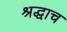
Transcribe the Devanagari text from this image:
श्रद्धाच